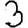
Digit: 3